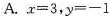
A. $$x = 3$$, $$y = - 1$$